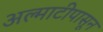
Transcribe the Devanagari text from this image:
अल्माटीपासून